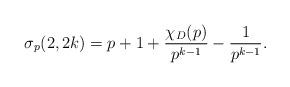
LaTeX: \begin{align*}\sigma_p(2,2k)=p+1+\frac{\chi_D(p)}{p^{k-1}}-\frac{1}{p^{k-1}}.\end{align*}